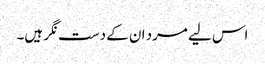
اس لیے مرد ان کے دست نگر ہیں۔